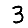
Digit: 3